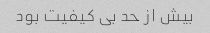
بیش از حد بی کیفیت بود